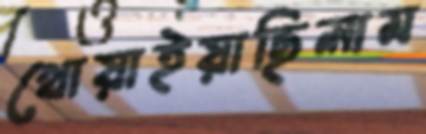
খোয়াইয়াছিলাম